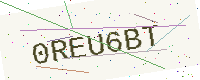
Text: 0REU6BT